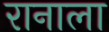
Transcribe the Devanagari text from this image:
रानाला